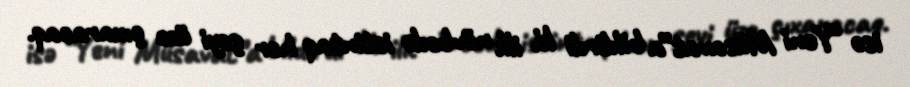
isə “Yeni Müsavat”a bildirdi ki, ilk növbədə istintaq hər şeyi üzə çıxaracaq.